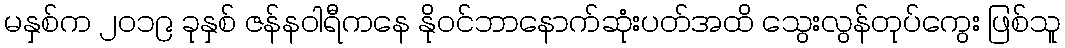
မနှစ်က ၂၀၁၉ ခုနှစ် ဇန်နဝါရီကနေ နိုဝင်ဘာနောက်ဆုံးပတ်အထိ သွေးလွန်တုပ်ကွေး ဖြစ်သူ